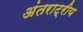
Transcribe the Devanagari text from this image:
अंतराट्रीय